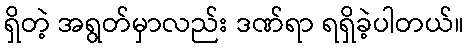
ရှိတဲ့ အရွတ်မှာလည်း ဒဏ်ရာ ရရှိခဲ့ပါတယ်။